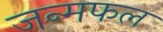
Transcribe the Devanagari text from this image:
जन्मफल